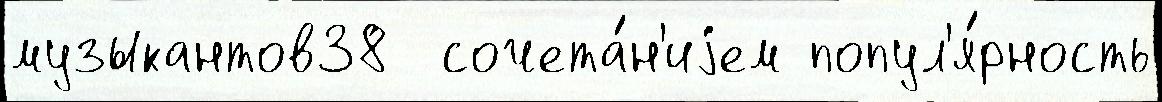
музыкантов38  сочета́н'иjем попул'я́рность